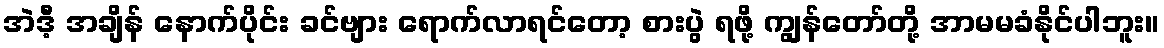
အဲဒီ့ အချိန် နောက်ပိုင်း ခင်ဗျား ရောက်လာရင်တော့ စားပွဲ ရဖို့ ကျွန်တော်တို့ အာမမခံနိုင်ပါဘူး။